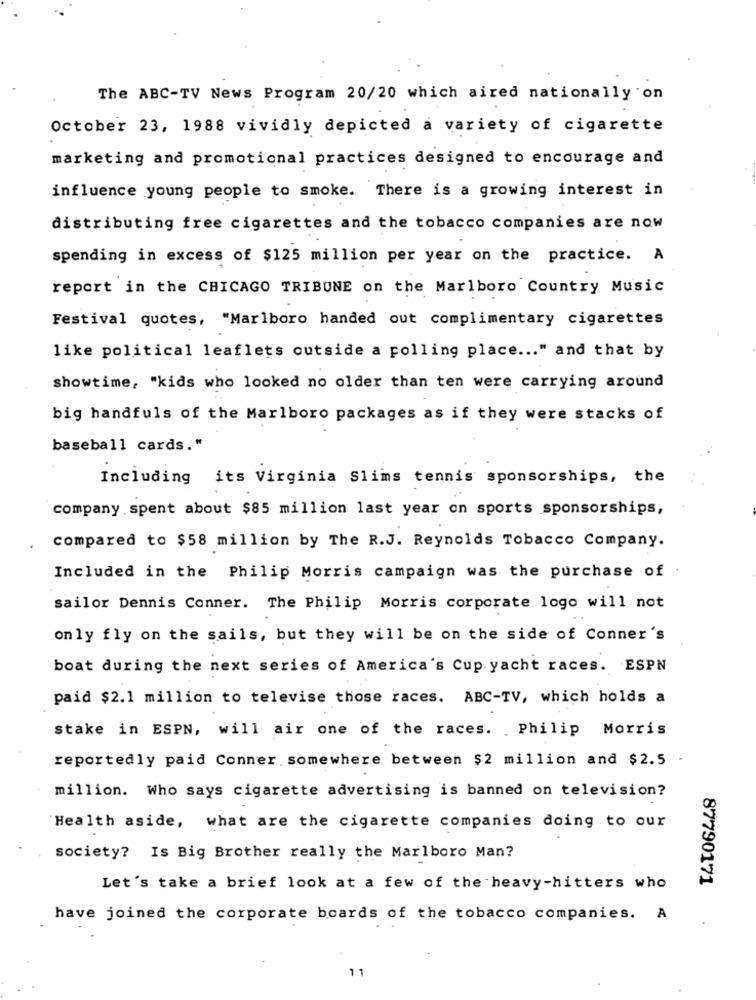
The ABC-TV News Program 20/20 which aired nationally on
October 23, 1988 vividly depicted a variety of cigarette
marketing and promotional practices designed to encourage and
influence young people to smoke. There is a growing interest in
distributing free cigarettes and the tobacco companies are now
spending in excess of $125 million per year on the practice. A
report in the CHICAGO TRIBUNE on the Marlboro Country Music
Festival quotes, "Marlboro handed out complimentary cigarettes
like political leaflets outside a polling place ... " and that by
showtime, "kids who looked no older than ten were carrying around
big handfuls of the Marlboro packages as if they were stacks of
baseball cards."
Including its Virginia Slims tennis sponsorships, the
company spent about $85 million last year on sports sponsorships,
compared to $58 million by The R.J. Reynolds Tobacco Company.
Included in the Philip Morris campaign was the purchase of .
sailor Dennis Conner. The Philip Morris corporate logo will not
only fly on the sails, but they will be on the side of Conner's
boat during the next series of America's Cup yacht races. ESPN
paid $2.1 million to televise those races. ABC-TV, which holds a
stake in ESPN, will air one of the races. . Philip Morris
reportedly paid Conner somewhere between $2 million and $2.5 .
million. Who says cigarette advertising is banned on television?
Health aside, what are the cigarette companies doing to our
society? Is Big Brother really the Marlboro Man?
87790171
Let's take a brief look at a few of the heavy-hitters who
have joined the corporate boards of the tobacco companies. A
11